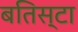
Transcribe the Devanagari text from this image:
बतिस्टा